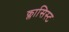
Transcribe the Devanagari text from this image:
क्लासिस्ट